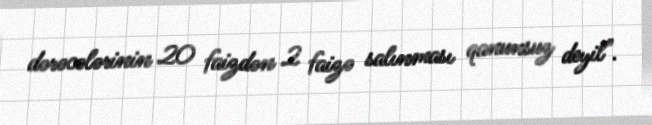
dərəcələrinin 20 faizdən 2 faizə salınması qanunsuz deyil".